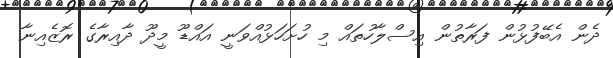
ދެން އެބޭފުޅުން ފަރާތުން އިސްލާހުތައް މި ހުށަހަޅުއްވަނީ އައްޑޫ މީދޫ ދާއިރާގެ ރޮޒެއިނާ